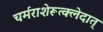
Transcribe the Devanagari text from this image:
चर्मराशेरूत्क्लेदात्